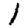
Digit: 1